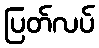
ပြတ်လပ်